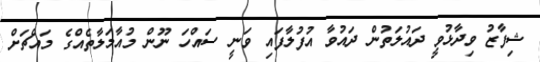
ޝިފާޒު ވިދާޅުވީ ދައުލަތުން ދައުވާ އުފުލާފައި ވަނީ ސައްހަ ނޫން މުއާމަލާތެއްގެ މައްޗަށް